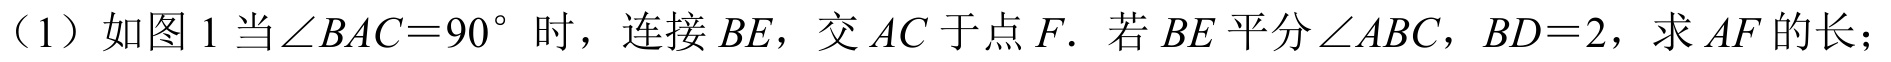
（1）如图 1 当\(\angle BAC = 90^{\circ}\)时，连接\(BE\)，交\(AC\)于点\(F\). 若\(BE\)平分\(\angle ABC\)，\(BD = 2\)，求\(AF\)的长；